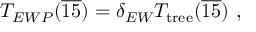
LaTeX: T _ { E W P } ( { \overline { { { 1 5 } } } } ) = \delta _ { E W } T _ { \mathrm { t r e e } } ( { \overline { { { 1 5 } } } } ) ~ ,